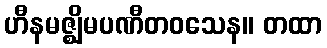
ဟီနမဇ္ဈိမပဏီတဝသေန။ တထာ